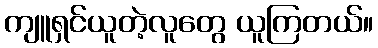
ကျူရှင်ယူတဲ့လူတွေ ယူကြတယ်။